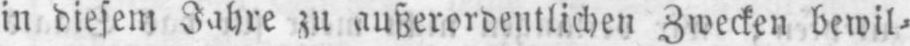
in diesem Jahre zu außerordentlichen Zwecken bewil⸗